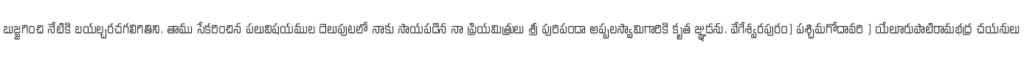
బుజ్జగించి నేటికి బయల్చరచగలిగితిని. తాము సేకరించిన పలువిషయముల దెలుపుటలో నాకు సాయపడిన నా ప్రియమిత్రులు శ్రీ పురిపండా అప్పలస్వామిగారికి కృత జ్ఞుడను. వేగేశ్వరపురం) పశ్చిమగోదావరి ) యేలూరుపాటిరామభద్ర చయనులు